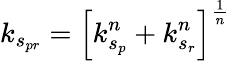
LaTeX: k_{s_{pr}}=\left[k_{s_{p}}^{n}+k_{s_{r}}^{n}\right]^{\frac{1}{n}}